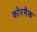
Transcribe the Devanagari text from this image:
कोरमैक